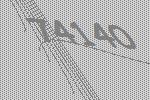
74140